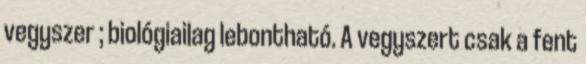
vegyszer ; biológiailag lebontható. A vegyszert csak a fent